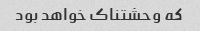
که وحشتناک خواهد بود